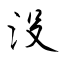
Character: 沒